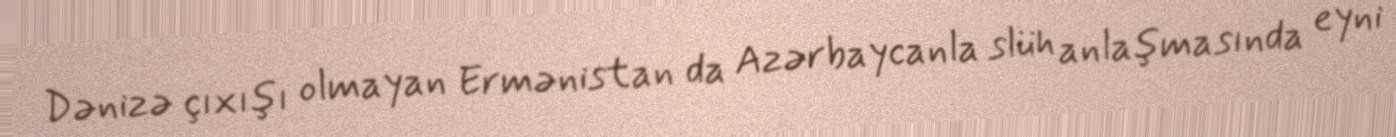
Dənizə çıxışı olmayan Ermənistan da Azərbaycanla slüh anlaşmasında eyni